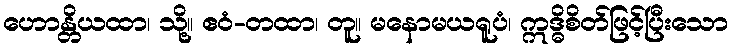
ဟောန္တိယထာ၊ သို့။ ဧဝံ-တထာ၊ တူ။ မနောမယရူပံ၊ ဣဒ္ဓိစိတ်ဖြင့်ပြီးသော